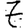
Digit: 7